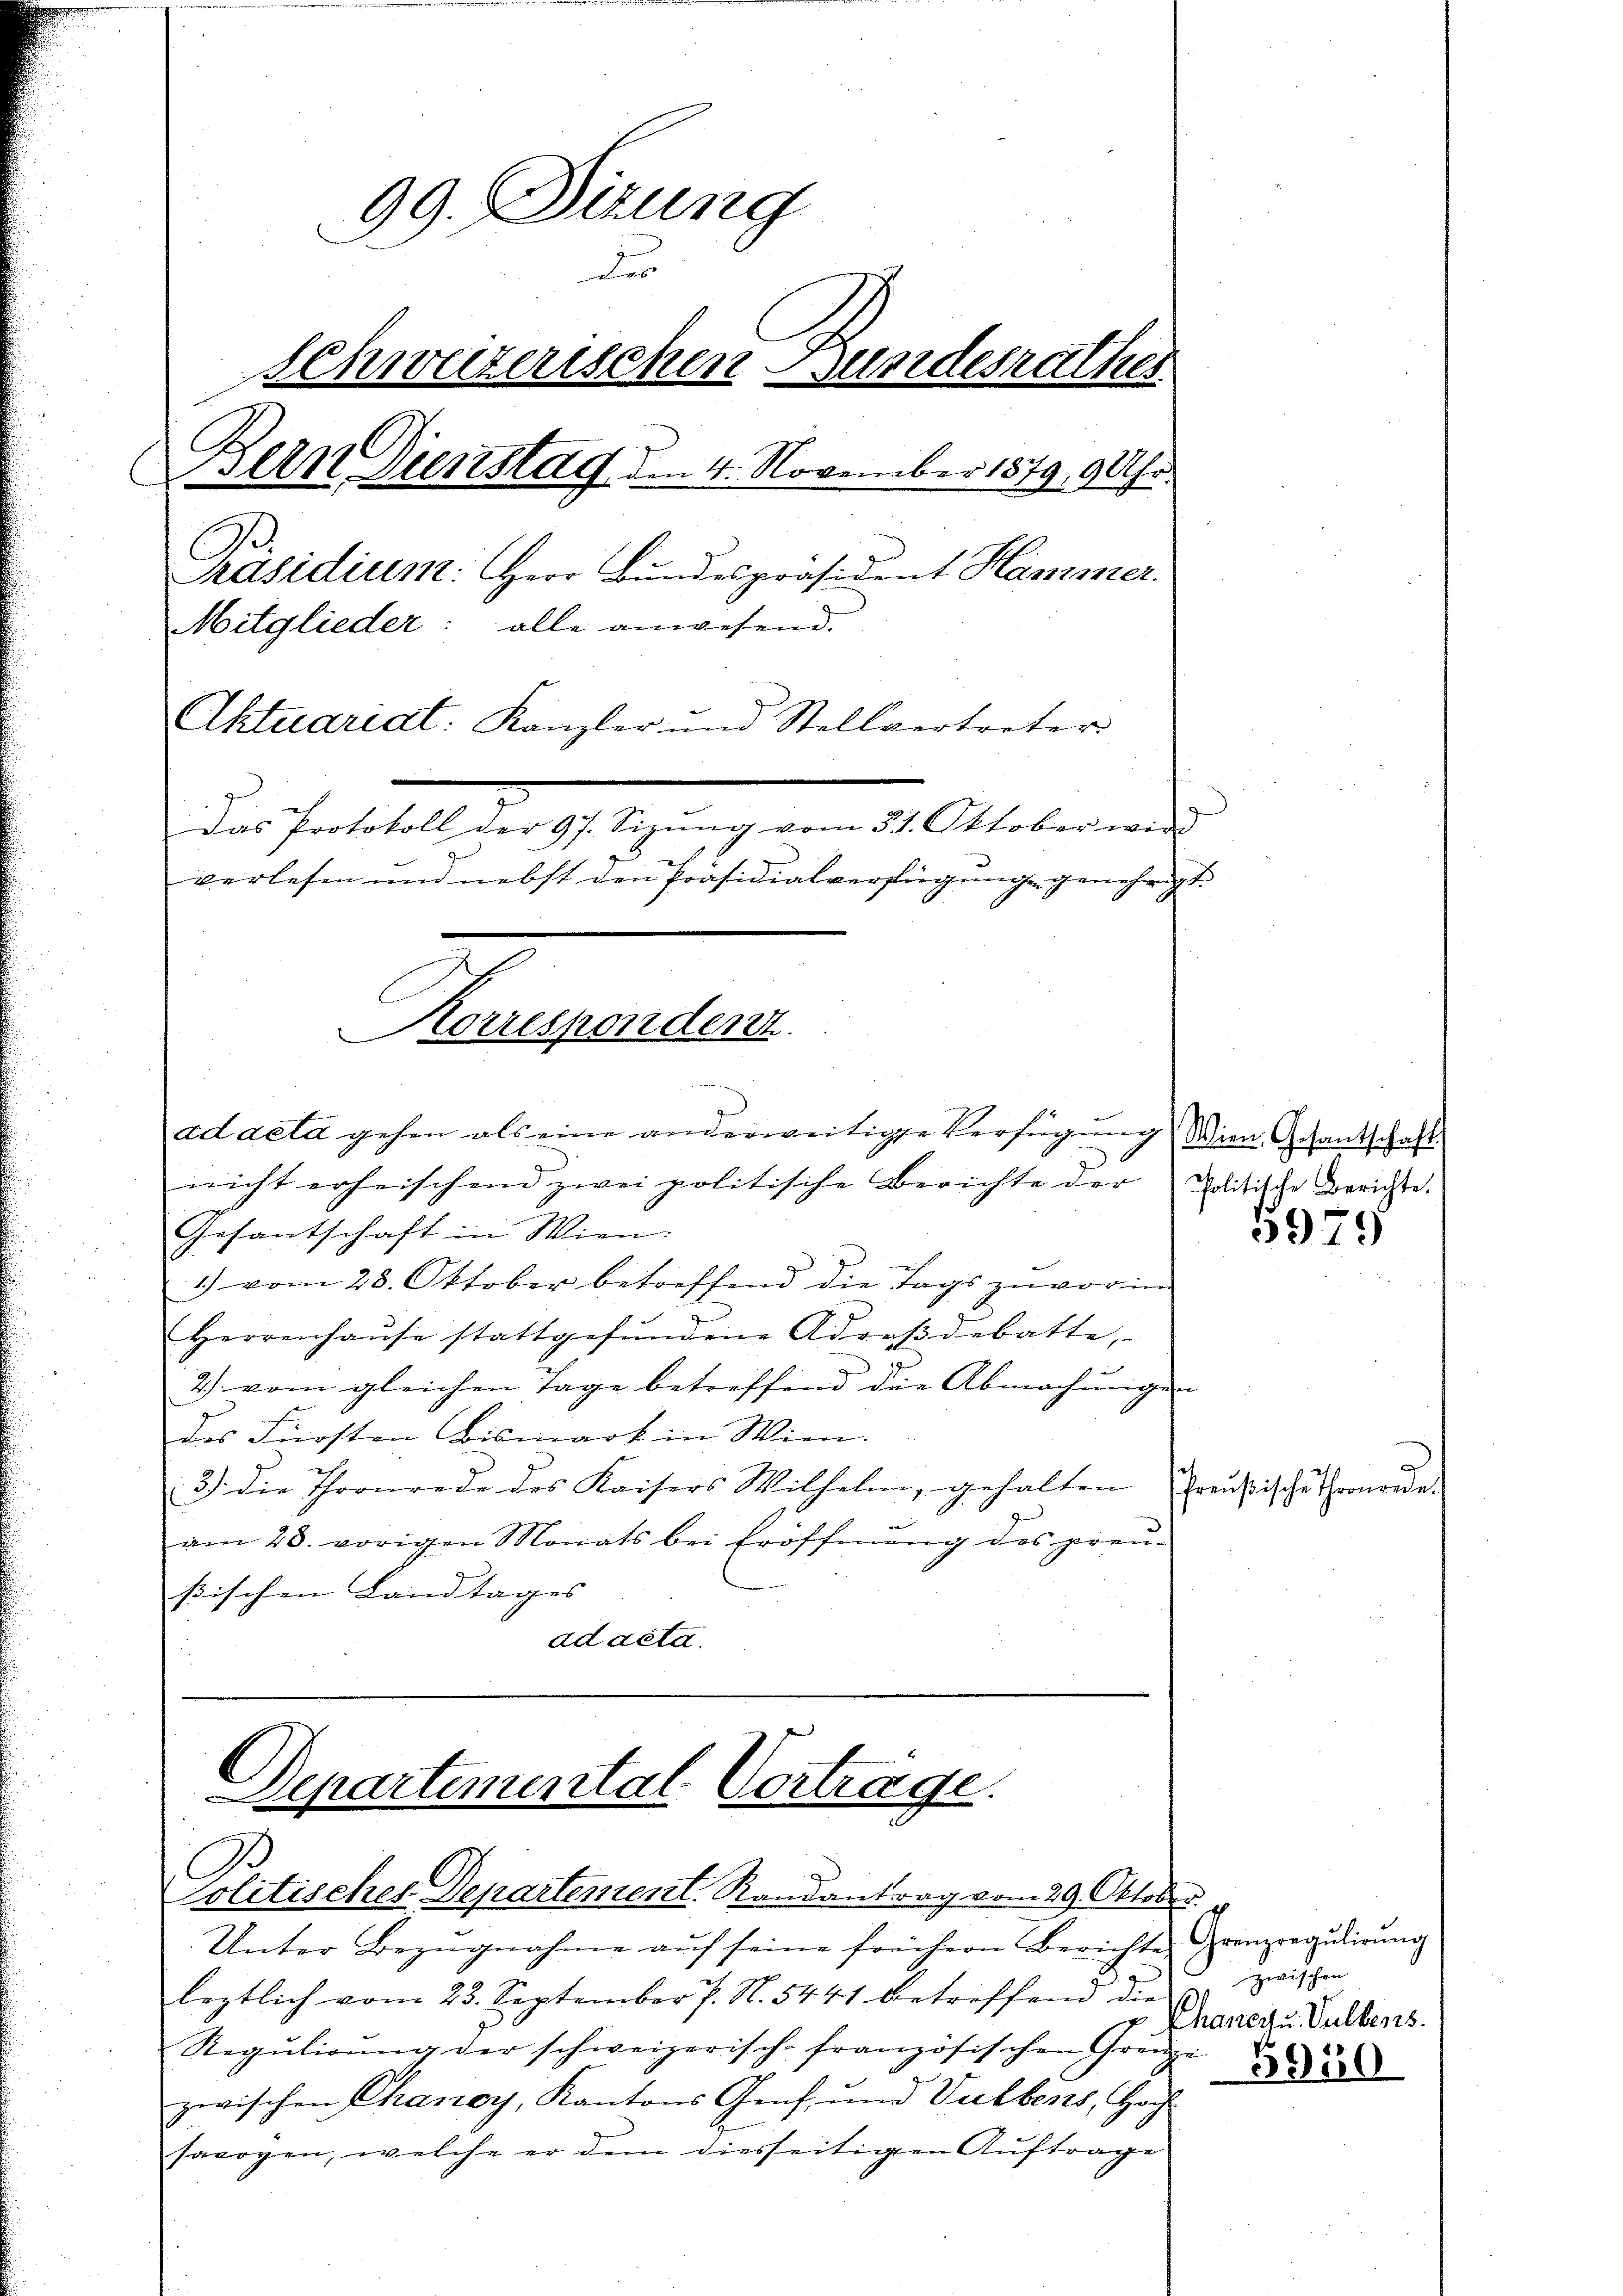
99. Dizung
der
Schweizerischen Bundesrathes
Bern Dienstag den 4. November 1879, 9 Uhr.
C
Präsidium: Herr Bundespräsident Hammer.
Mitglieder: alle anwesend.
Aktuariat: Kanzler und Stellvertreter
Das Protokoll der 97. Sizŭng vom 31. Oktober wird
verlesen und nebst den Präsidialverfügung genehmigt.

Korrespondent.

ad acta gehen als eine anderweitige Verfügung Wien Gesantschaft
nicht erheischend zwei politische Berichte der Politische Berichte.
Gesantschaft in Wien:
1) vom 28. Oktober betreffend die Tags zuvor in
Herrenhaŭse stattgefŭndene Adresdebatte,
2) vom gleichen Tage betreffend die Abmachungen
des Fürsten Bismark in Wien.
3) die Thronrade des Kaisers Wilhelm, gehalten Preußische Thronrede
am 28. vorigen Monats bei Eröffnŭng des preŭ-
ßischen Landtages
ad acta.

Departemental Vertrage.
Politisches Departement. Randantrag vom 29. Oktober.

Unter Bezugnahme aŭf seine frühern Berichte Grenzregulirung
leztlich vom 23. September P. N. 5441 betreffend die
Regulirung der schweizerisch-französischen Gränze
zwischen Chancy, Kantons Genf, und Vulbers, Graf
sawogen, welche er dem diesseitigen Auftrage

5979

zwischen
Chancgu. Vullens.
5940